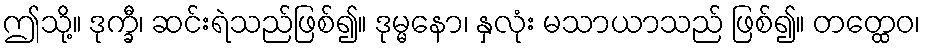
ဤသို့။ ဒုက္ခီ၊ ဆင်းရဲသည်ဖြစ်၍။ ဒုမ္မနော၊ နှလုံး မသာယာသည် ဖြစ်၍။ တတ္ထေဝ၊